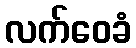
လက်ဝေခံ